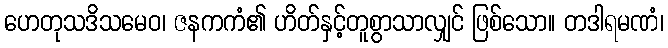
ဟေတုသဒိသမေဝ၊ ဇနကကံ၏ ဟိတ်နှင့်တူစွာသာလျှင် ဖြစ်သော။ တဒါရမဏံ၊